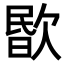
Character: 𣣤